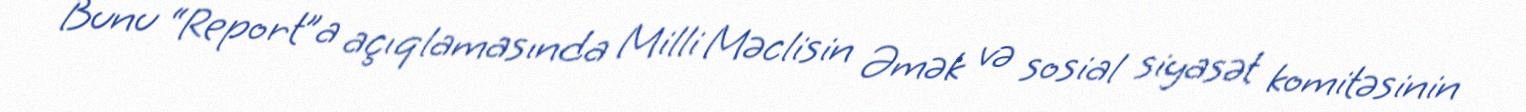
Bunu “Report”a açıqlamasında Milli Məclisin Əmək və sosial siyasət komitəsinin